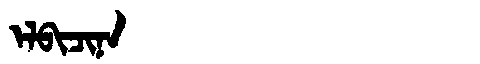
Manchu: ᡝᠯᠪᡳᠴᡳᠨᠠ
Romanization: ELBICINA